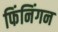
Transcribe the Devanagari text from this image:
फिंनिंगन